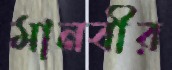
মানবীর